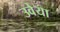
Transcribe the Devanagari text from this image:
उवेया